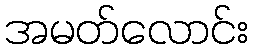
အမတ်လောင်း